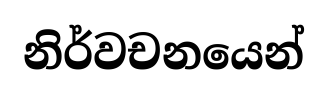
නිර්වචනයෙන්